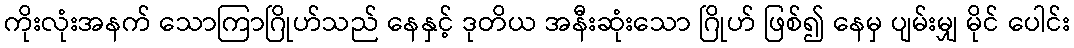
ကိုးလုံးအနက် သောကြာဂြိုဟ်သည် နေနှင့် ဒုတိယ အနီးဆုံးသော ဂြိုဟ် ဖြစ်၍ နေမှ ပျမ်းမျှ မိုင် ပေါင်း